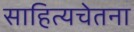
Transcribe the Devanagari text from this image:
साहित्यचेतना